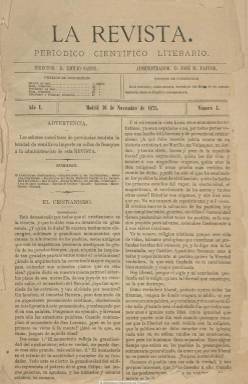
Título: La Revista (Madrid. 1875)
Colección: Cultura
Ámbito geográfico: Madrid
Lugar de publicación: Madrid
Fechas: 16/11/1875-10/06/1876

Periódico científico literario que aparece en octubre de 1875, en entregas semanales de ocho páginas, compuestas a dos columnas. Destaca de ella la sucesión de sus varios directores y el amplio número de colaboradores y colaboradoras. Aparece como primer director Emilio Sáenz, y como su administrador, José M. Pastor y Mora. A partir del número 6 (2 dic. 1875), se indica que su redactor jefe es Vicente Moreno Barutell. A partir del número 10 (14 en. 1876) su director y propietario es Eusebio Íñiguez y Barranquero;  en el número 12 (8 feb. 1876), aparece como director Carlos Groizard y como administrador, el citado Emilio Sáenz. Y desde el número 13 (15 feb. 1876) lo dirige Manuel Gargantiel y Arenas, su administrador es Pedro P. Rodríguez Ayuso, siendo su redactor jefe a partir de la siguiente entrega Luis de Moya y Giménez.

Entre sus colaboradoras se encuentran Julia Asensi, Carolina Coronado, Blanca de Gassó y Ortiz, Joaquina García Balmaseda, Evarista García Canedo  o Ángela Grassi. Entre sus redactores y colaboradores, Narciso Campillo, Juan Eugenio Hartzenbusch, Nicolás Salmerón y Alonso, Miguel Morayta, José García Romero, Ángel Coronado, José Vidal, Francisco Javier Betegon y Aparici, Urbano Fernández, Pedro Velluti, Darío Fernández, Federico Belmonte, José Sánchez-Plazuelos y Herrera, Luis Mariano de Larra, Carlos Vieyra de Abreu, Juan T. Salvany o Juan Francisco Pérez.

Inserta artículos, algunos doctrinales y otros de divulgación, sobre religión, técnica, ciencia, filosofía, arte, historia o libertad de enseñanza. Tiene una Revista teatral, a cargo especialmente de Alonso Ojeda y Enrique Sepúlveda. Publica textos de creación literaria, sobre todo en verso, además de fábulas, charadas, misceláneas y adivinanzas. Llegará a incluir también una Revista de Madrid y crónicas extranjeras, además de un folletín. Dedicará especial atención al aniversario de la muerte de Cervantes en su número del 23 de abril de 1876, ocupando toda su primera plana un grabado del escritor. El 21 es su último número, correspondiente al 10 de junio de 1876, por lo que su vida no alcanzó ni tan siquiera un año.